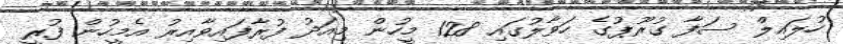
ހުލައިލް ސަފާ ގުރޫޕުގެ ހަވާލުގައި 128 މީހުން މިއަދު ފުރާފައިވާއިރު އެމީހުން ފުރީ